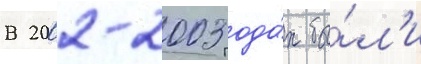
В 2002-2003 года́х бы́л'и